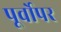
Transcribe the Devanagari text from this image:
पूर्वोपर